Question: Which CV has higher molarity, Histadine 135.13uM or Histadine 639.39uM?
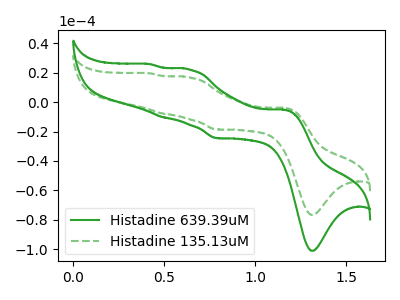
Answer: <think>The green curve "Histadine 639.39uM" has anodic peaks at (1.15V, -5.10uA) (0.65V, 22.10uA) (0.50V, -10.15uA) (0.40V, 25.85uA) and cathodic peaks at (1.30V, -101.10uA) (0.80V, -24.45uA). The green dashed curve "Histadine 135.13uM" has anodic peaks at (1.15V, -3.90uA) (0.65V, 16.80uA) (0.50V, -7.70uA) (0.40V, 19.60uA) and cathodic peaks at (1.30V, -76.70uA) (0.80V, -18.55uA).
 All the peaks in "Histadine 135.13uM" have a peak in "Histadine 639.39uM" at the same potential.</think>
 <answer>I cant tell if "Histadine 135.13uM" or "Histadine 639.39uM" has higher concentration.</answer>
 <eval>mixed_concentration</eval>